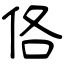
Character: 佫